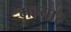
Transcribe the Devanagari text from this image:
महयार